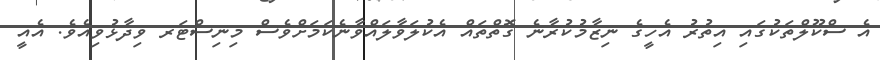
އެ ސްކޫލްތަކުގައި އިތުރު އެހީގެ ނިޒާމުކުރާނެ ގޮތްތައް އެކުލަވާލައްވާނެކަމަށްވެސް މިނިސްޓަރ ވިދާޅުވިއެވެ. އެއީ